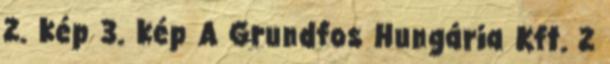
2. kép 3. kép A Grundfos Hungária Kft. 2